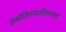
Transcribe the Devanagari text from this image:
झेकोस्लिव्हाकियाला